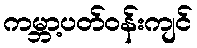
ကမ္ဘာ့ပတ်ဝန်းကျင်